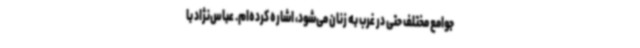
جوامع مختلف حتی در غرب به زنان می‌شود، اشاره کرده‌ام. عباس‌نژاد با